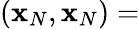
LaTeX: ({\mathbf x}_{N},{\mathbf x}_{N})=